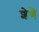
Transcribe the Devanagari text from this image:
शेणै